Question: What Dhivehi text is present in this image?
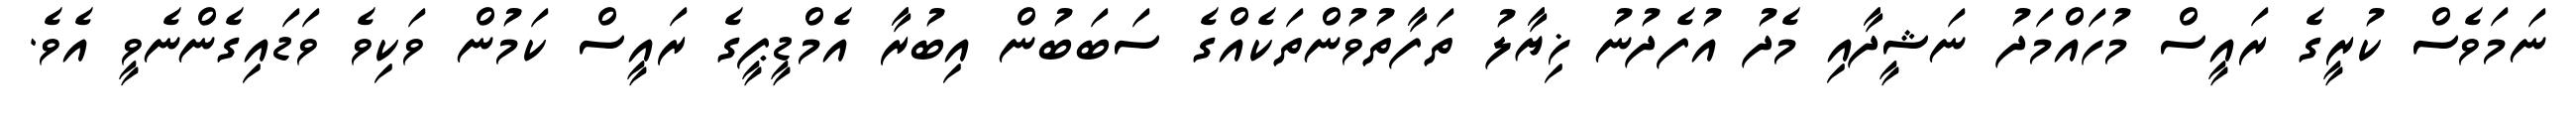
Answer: ނަމަވެސް ކުރީގެ ރައީސް މުހައްމަދު ނަޝީދާއި މެދު އުފެދުނު ޚިޔާލު ތަފާތުވުންތަކެއްގެ ސަބަބުން އިބުރާ އެމްޑީޕީގެ ރައީސް ކަމުން ވަކިވެ ވަޑައިގެންނެވީ އެވެ.